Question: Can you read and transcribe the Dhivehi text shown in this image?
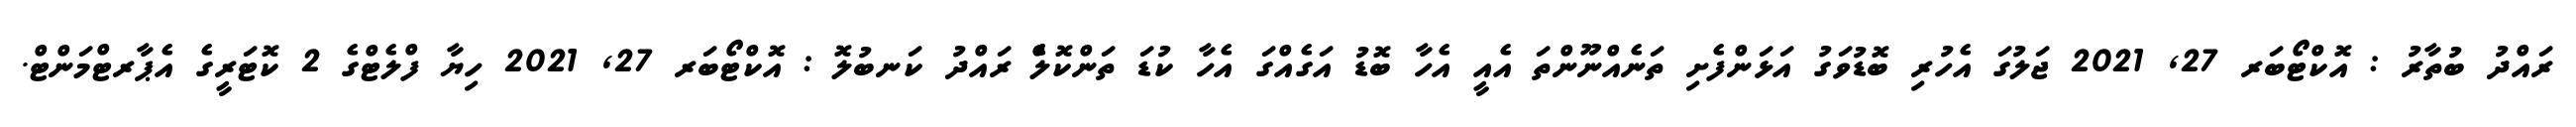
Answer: ރައްދު ބުތާރު : އޮކްޓޯބަރ 27, 2021 ޖަލުގަ އެހުރި ބޮޑުވަގު އަޅަންފެށި ތަނެއްނޫންތަ އެއީ އެހާ ބޮޑު އަގެއްގަ އެހާ ކުޑަ ތަންކޮލެެް ރައްދު ކަނބުލޮ : އޮކްޓޯބަރ 27, 2021 ހިޔާ ފްލެޓްގެ 2 ކޮޓަރީގެ އެޕާރޓްމަންޓް.